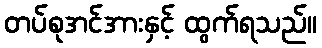
တပ်စုအင်အားနှင့် ထွက်ရသည်။